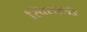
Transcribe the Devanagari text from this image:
स्विसरलँड